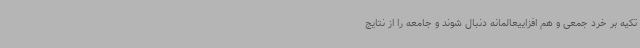
تکیه بر خرد جمعی و هم افزاییعالمانه دنبال شوند و جامعه را از نتایج